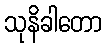
သုနိခါတော